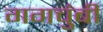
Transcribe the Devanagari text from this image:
गगचुंबी